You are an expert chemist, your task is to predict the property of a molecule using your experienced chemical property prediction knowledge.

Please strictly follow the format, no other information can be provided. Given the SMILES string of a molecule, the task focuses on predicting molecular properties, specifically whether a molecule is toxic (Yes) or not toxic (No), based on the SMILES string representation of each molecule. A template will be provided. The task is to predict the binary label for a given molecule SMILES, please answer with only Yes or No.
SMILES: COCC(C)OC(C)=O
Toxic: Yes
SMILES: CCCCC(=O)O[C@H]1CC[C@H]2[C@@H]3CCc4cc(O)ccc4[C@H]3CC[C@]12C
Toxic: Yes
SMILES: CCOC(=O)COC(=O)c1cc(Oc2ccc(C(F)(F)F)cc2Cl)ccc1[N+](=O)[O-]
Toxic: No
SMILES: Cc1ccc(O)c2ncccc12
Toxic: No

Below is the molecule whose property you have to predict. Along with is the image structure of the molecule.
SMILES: C[C@]12C[C@H](O)[C@H]3[C@@H](CCC4=CC(=O)CC[C@@]43C)[C@@H]1CC[C@]2(O)C(=O)COP(=O)([O-])[O-]
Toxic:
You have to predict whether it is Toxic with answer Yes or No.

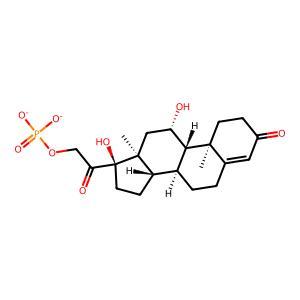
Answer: Yes